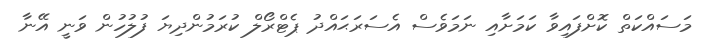
މަސައްކަތް ކޮށްފައިވާ ކަމަށާއި ނަމަވެސް އެސަރަޙައްދު ޕެޓްރޯލް ކުރަމުންދިޔަ ފުލުހުން ވަނީ އޭނާ